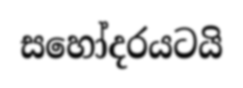
සහෝදරයටයි